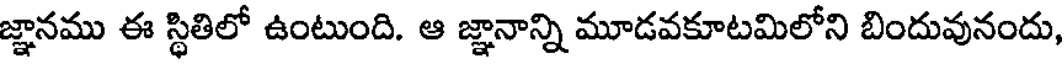
జ్ఞానము ఈ స్థితిలో ఉంటుంది. ఆ జ్ఞానాన్ని మూడవకూటమిలోని బిందువునందు,